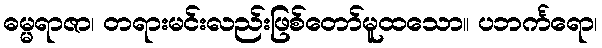
ဓမ္မရာဇာ၊ တရားမင်းလည်းဖြစ်တော်မူထသော။ ပဘင်္ကရော၊